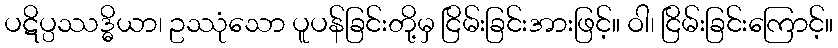
ပဋိပ္ပဿဒ္ဓိယာ၊ ဥဿုံသော ပူပန်ခြင်းတို့မှ ငြိမ်းခြင်းအားဖြင့်။ ဝါ၊ ငြိမ်းခြင်းကြောင့်။